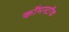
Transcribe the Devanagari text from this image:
कॉमस्टॉक